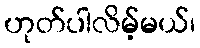
ဟုတ်ပါလိမ့်မယ်၊